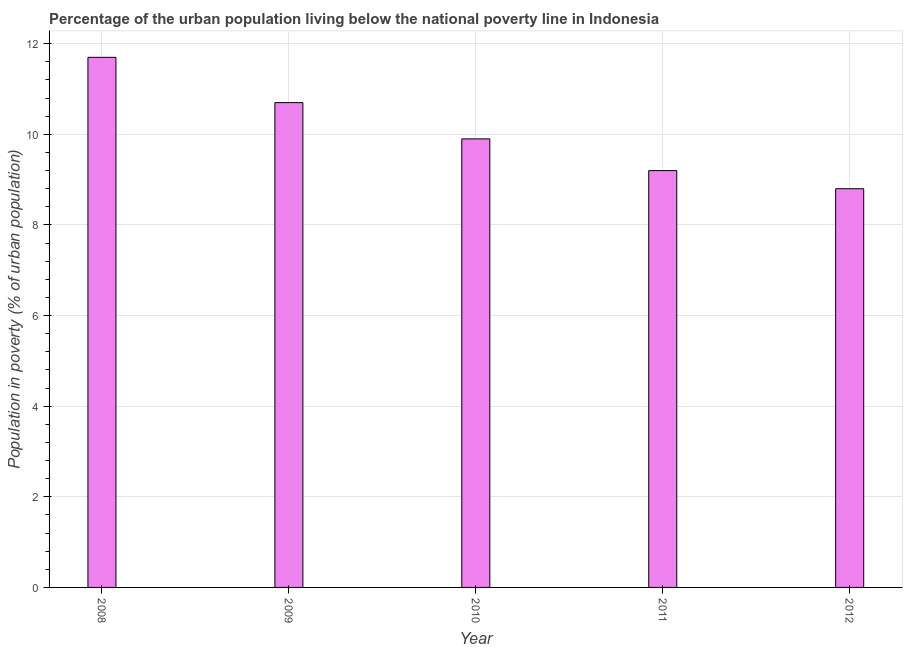
| Year | Urban poverty headcount ratio |
 | --- | --- |
 | 2008 | 11.7 |
 | 2009 | 10.7 |
 | 2010 | 9.9 |
 | 2011 | 9.2 |
 | 2012 | 8.8 |